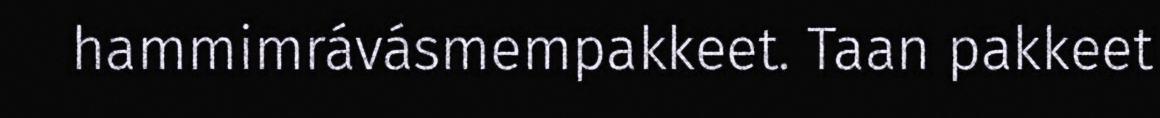
hammimrávásmempakkeet. Taan pakkeet